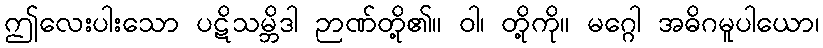
ဤလေးပါးသော ပဋိသမ္ဘိဒါ ဉာဏ်တို့၏။ ဝါ၊ တို့ကို။ မဂ္ဂေါ အဓိဂမူပါယော၊